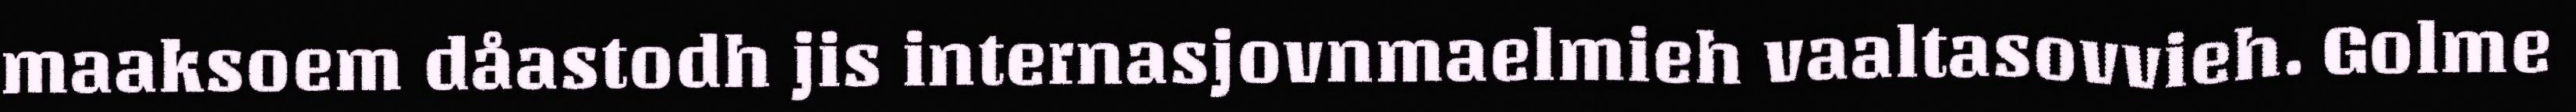
maaksoem dåastodh jis internasjovnmaelmieh vaaltasovvieh. Golme